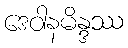
ဒေဝါနမိန္ဒဿ